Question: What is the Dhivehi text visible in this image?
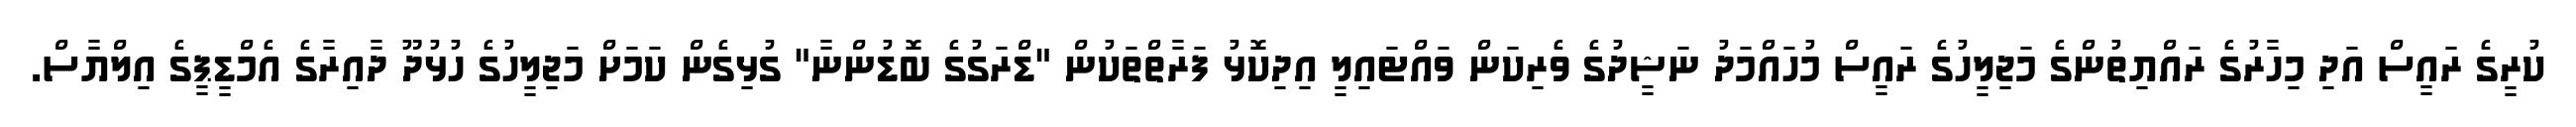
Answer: ކުރީގެ ރައީސް އަދި މިހާރުގެ ރައްޔިތުންގެ މަޖިލީހުގެ ރައީސް މުހައްމަދު ނަޝީދުގެ ވެރިކަން ވައްޓައިލީ އިދިކޮޅު ފަރާތްތަކުން "ޑްރަގުގެ ބޮޑުންނާ" ގުޅިގެން ކަމަށް މަޖިލީހުގެ ހުޅުދޫ ދާއިރާގެ އެމްޑީޕީގެ އިލްޔާސް.